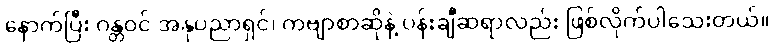
နောက်ပြီး ဂန္တဝင် အနုပညာရှင်၊ ကဗျာစာဆိုနဲ့ ပန်းချီဆရာလည်း ဖြစ်လိုက်ပါသေးတယ်။